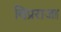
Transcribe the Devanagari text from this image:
विप्रराजा